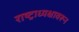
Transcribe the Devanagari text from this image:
राष्ट्राध्यक्षावरून